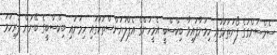
ސެމްސަންގުގެ ފޯނުތަކުގައި ހިމަނާފައިވާ ބިކްސްބީ އެމީހުންގެ އެޕްލަޔަންސްތަކުގައި ހިމަނައި ބިކްސްބީގެ ބޭނުން ފުރިހަމަ